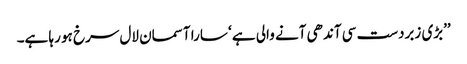
’’بڑی زبردست سی آندھی آنے والی ہے ‘ سارا آسمان لال سرخ ہو رہا ہے۔